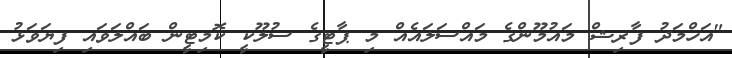
"އަހްމަދު ފާރިޝް މައުމޫންގެ މައްސަލައެއް މި ޕާޓީގެ ސުލޫކީ ކޮމިޓީން ބައްލަވައި ފިޔަވަޅު